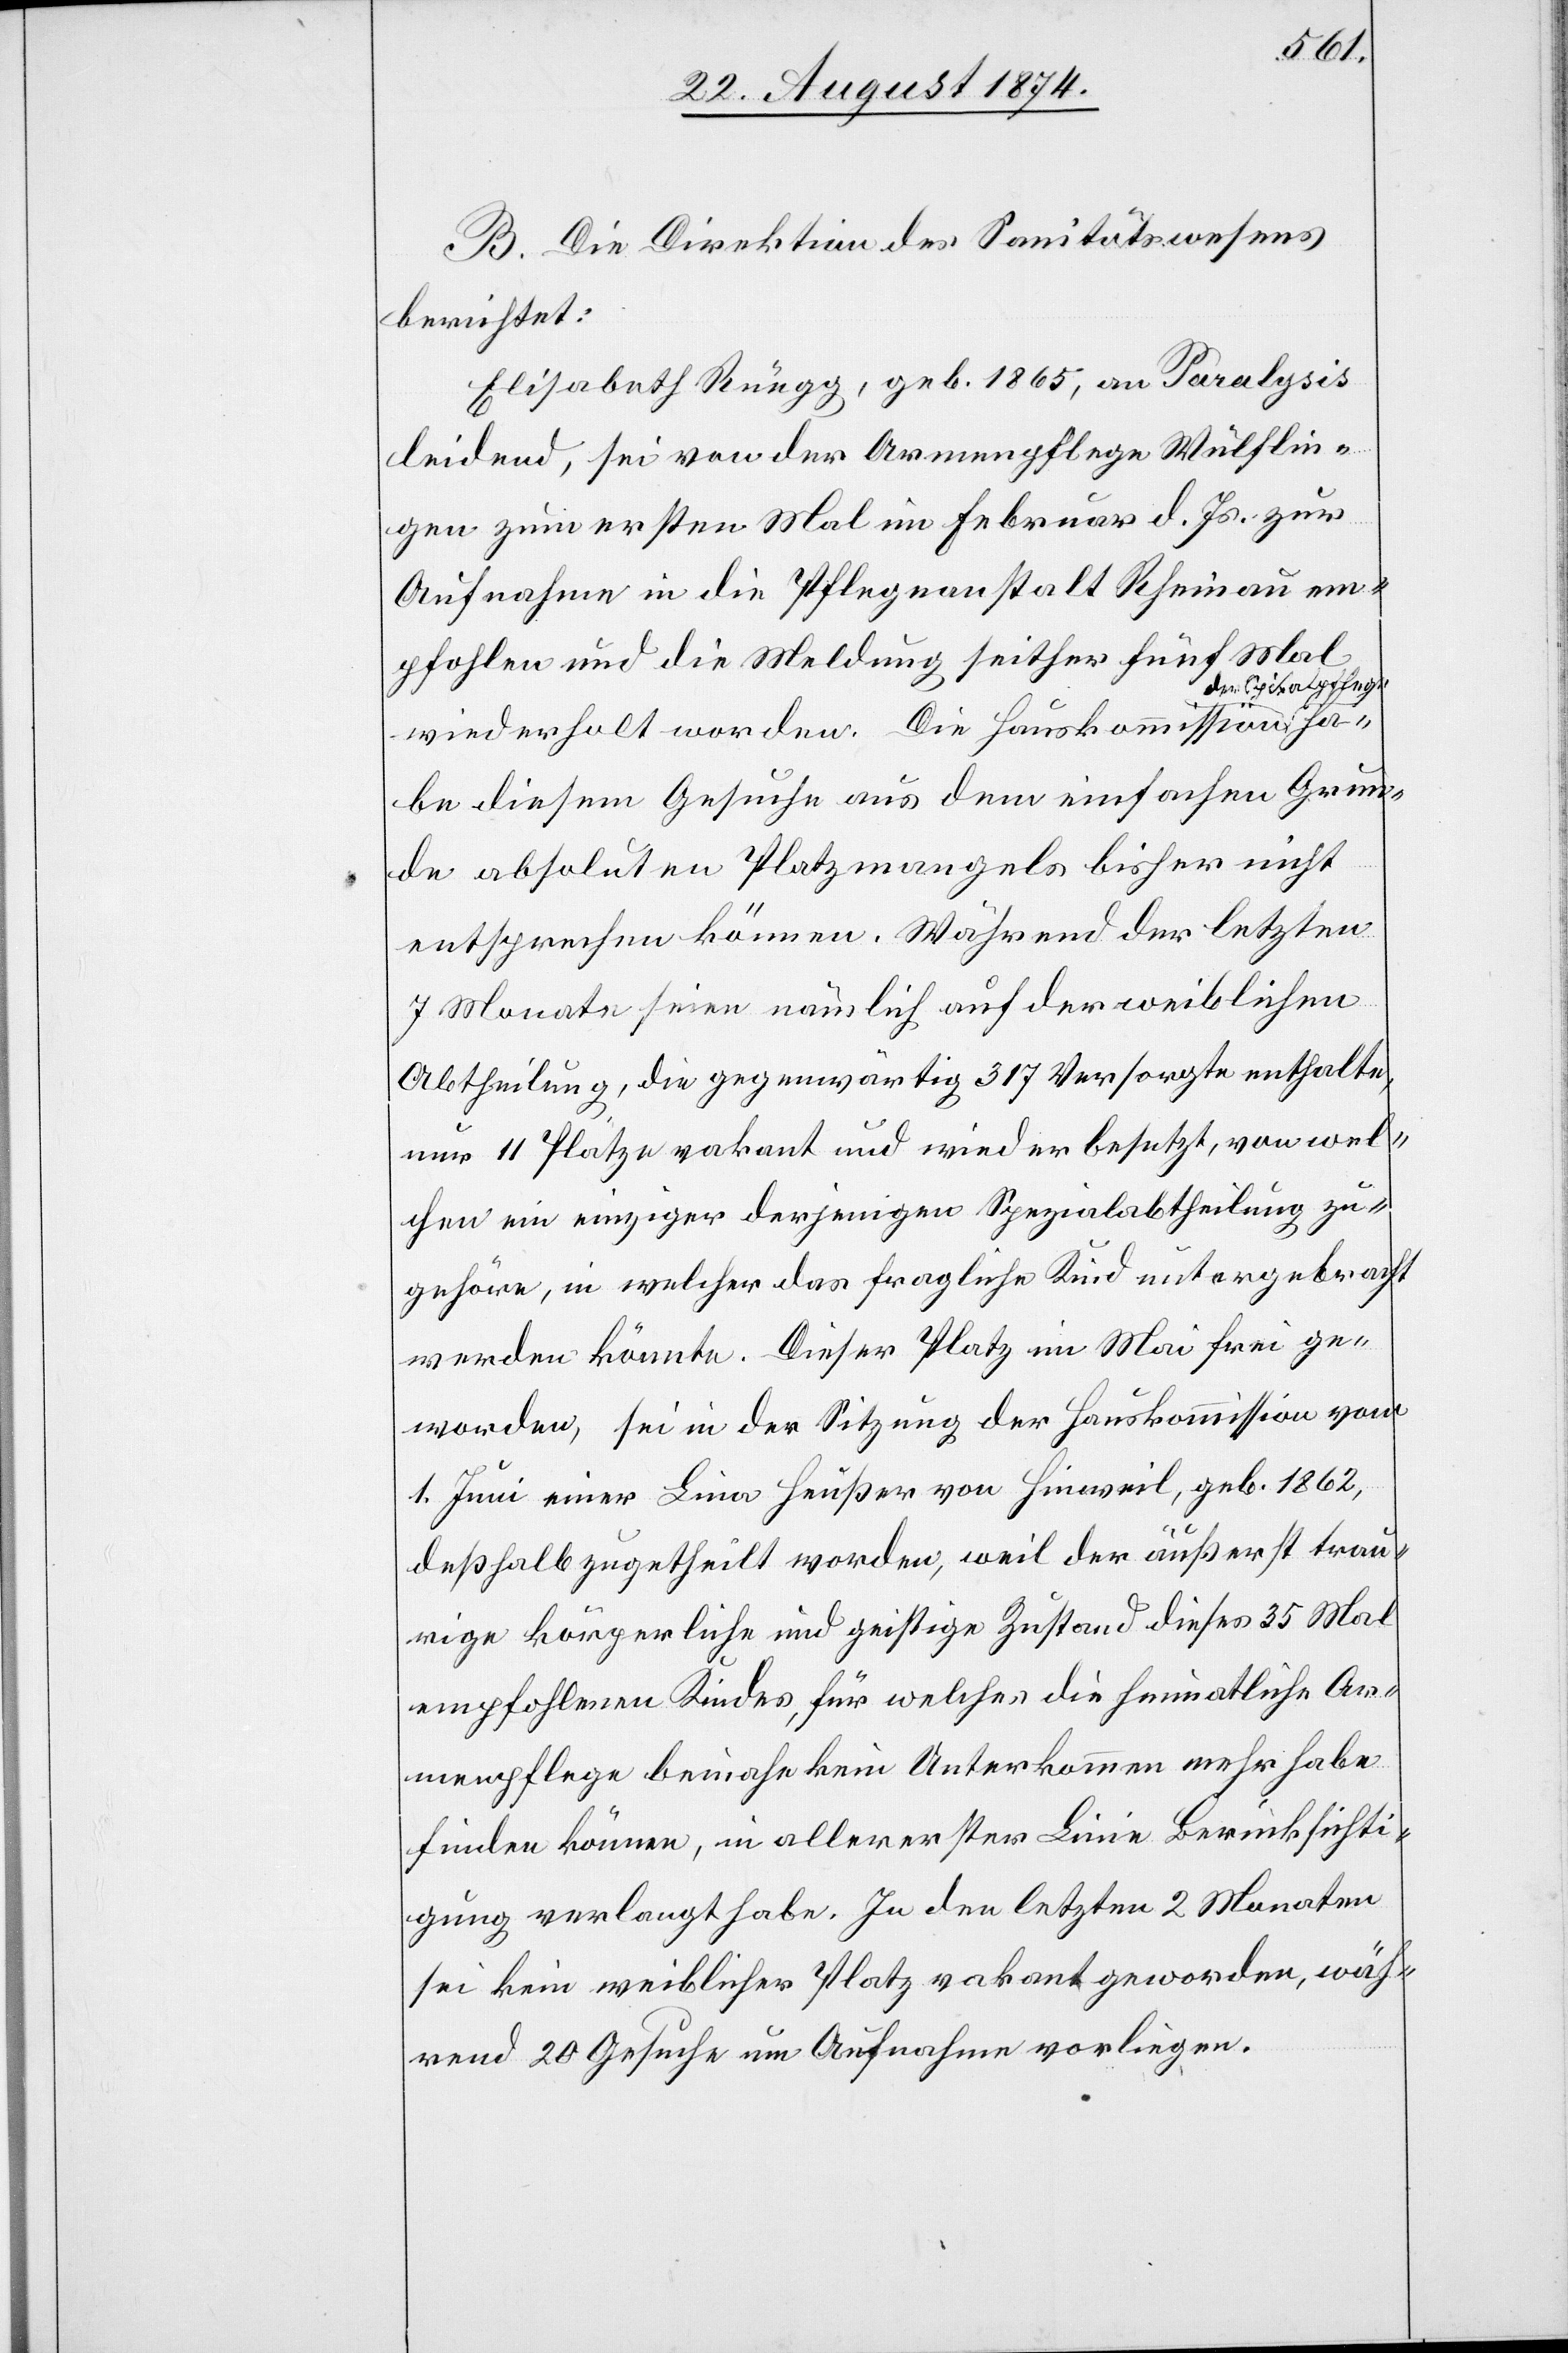
B. Die Direktion des Sanitätswesens
berichtet:
Elisabeth Rüegg, geb. 1865, an Paralysis
leidend, sei von der Armenpflege Wülflin¬
gen zum ersten Mal im Februar d. Js. zur
Aufnahme in die Pflegeanstalt Rheinau em¬
pfohlen und die Meldung seither fünf Mal
er Spitalpflege
wiederholt worden. Die Hauskommission d¬
habe diesem Gesuche aus dem einfachen Grun¬
de absoluten Platzmangels bisher nicht
entsprechen können. Während der letzten
7 Monate seien nämlich auf der weiblichen
Abtheilung, die gegenwärtig 317 Versorgte enthalte,
nur 11 Plätze vakant und wieder besetzt, von wel¬
chen ein einziger derjenigen Spezialabtheilung zu¬
gehöre, in welcher das fragliche Kind untergebracht
werden könnte. Dieser Platz, im Mai frei ge¬
worden, sei in der Sitzung der Hauskommission vom
1. Juni einer Lina Heußer von Hinweil, geb. 1862,
deßhalb zugetheilt worden, weil der äußerst trau¬
rige körperliche und geistige Zustand dieses 35 Mal
empfohlenen Kindes, für welches die heimatliche Ar¬
menpflege beinahe kein Unterkommen mehr habe
finden können, in allererster Linie Berücksichti¬
gung verlangt habe. In den letzten 2 Monaten
sei kein weiblicher Platz vakant geworden, wäh¬
rend 20 Gesuche um Aufnahme vorliegen.